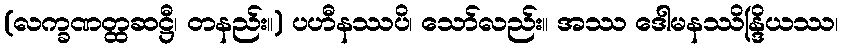
(လက္ခဏတ္ထဆဋ္ဌီ၊ တနည်း။) ပဟီနဿပိ၊ သော်လည်း။ အဿ ဒေါမနဿိန္ဒြိယဿ၊